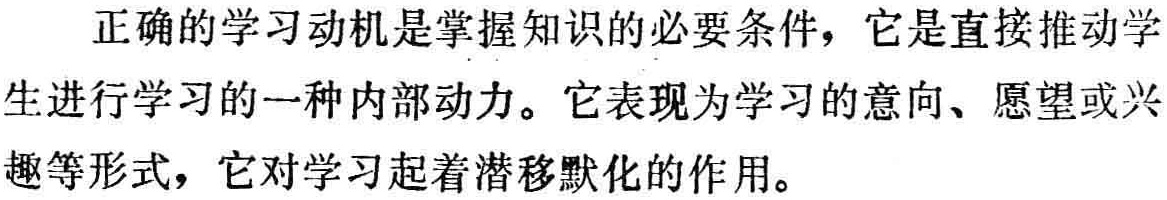
正确的学习动机是掌握知识的必要条件，它是直接推动学生进行学习的一种内部动力。它表现为学习的意向、愿望或兴趣等形式，它对学习起着潜移默化的作用。